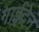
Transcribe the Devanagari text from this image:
गाईदेन